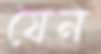
যেন